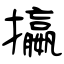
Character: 攍